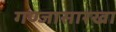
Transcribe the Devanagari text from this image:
गण्जासारखा